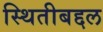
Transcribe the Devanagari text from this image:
स्थितीबद्दल